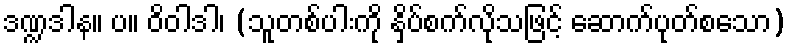
ဒဏ္ဍဒါန။ ပ။ ဝိဝါဒါ၊ (သူတစ်ပါးကို နှိပ်စက်လိုသဖြင့် ဆောက်ပုတ်စသော)